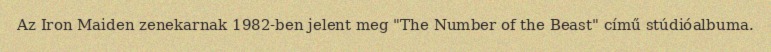
Az Iron Maiden zenekarnak 1982-ben jelent meg "The Number of the Beast" című stúdióalbuma.